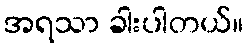
အရသာ ခါးပါတယ်။